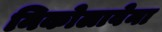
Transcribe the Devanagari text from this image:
निकोलावेना